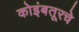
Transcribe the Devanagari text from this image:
कोइंबतूरचे